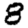
Digit: 8